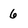
Character: 6